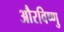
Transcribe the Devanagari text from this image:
औरविष्णु